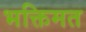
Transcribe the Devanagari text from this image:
भक्तिमत